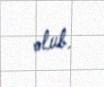
olub.